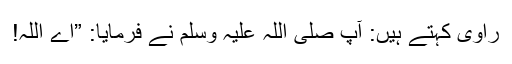
راوی کہتے ہیں: آپ صلی اللہ علیہ وسلم نے فرمایا: ”اے اللہ!